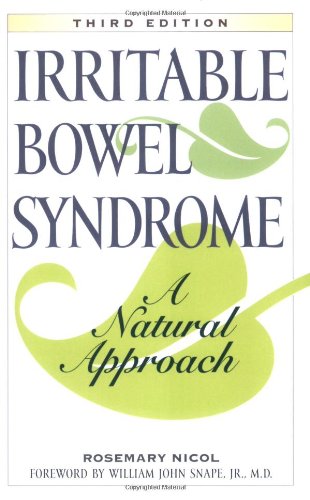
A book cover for Irritable Bowel Syndrome: A Natural Approach; Rosemary Nicol; Health, Fitness & Dieting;